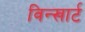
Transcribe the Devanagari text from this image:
विन्खार्ट